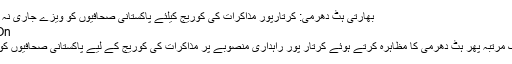
بھارتی ہٹ دھرمی: کرتارپور مذاکرات کی کوریج کیلئے پاکستانی صحافیوں کو ویزے جاری نہ کیے - Daily Jinnah
On مارچ 13, 2019 10
اسلام آباد: بھارت نے ایک مرتبہ پھر ہٹ دھرمی کا مظاہرہ کرتے ہوئے کرتار پور راہداری منصوبے پر مذاکرات کی کوریج کے لیے پاکستانی صحافیوں کو ویزے جاری نہیں کیے۔